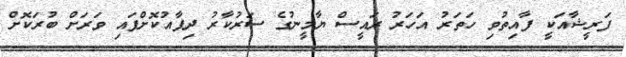
ފަރީޝާއަކީ ފާއިތުވި ހަތަރު އަހަރު ރައީސް ޔާމީނުގެ ސަރުކާރު ދިފާއުކޮށްފައި ވަރަށް ބުރަކޮށް